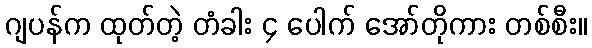
ဂျပန်က ထုတ်တဲ့ တံခါး ၄ ပေါက် အော်တိုကား တစ်စီး။